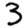
Digit: 3